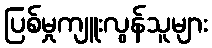
ပြစ်မှုကျူးလွန်သူများ